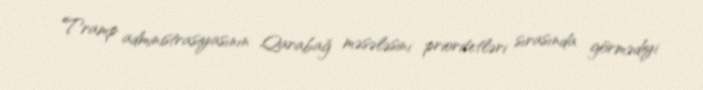
Tramp administrasiyasının Qarabağ məsələsini prioritetləri sırasında görmədiyi